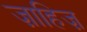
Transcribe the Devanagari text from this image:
ज़ाहिज़